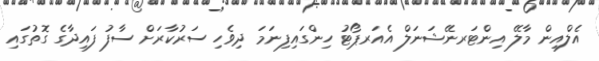
އެލްއިން މާލޭ އިންޓަރނޭޝަނަލް އެއަރޕޯޓު ހިންގައިފިނަމަ ދިވެހި ސަރުކާރަށް ސާފު ފައިދާގެ ގޮތުގައި